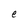
Character: e